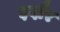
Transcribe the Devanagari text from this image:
इदौर